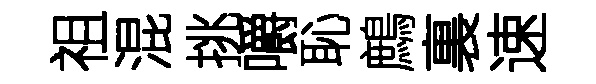
祖混挑嚼恥鷓裏速